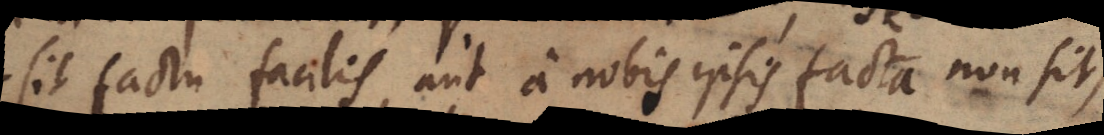
sit factu facilis aut a nobis ipsis facta non sit,